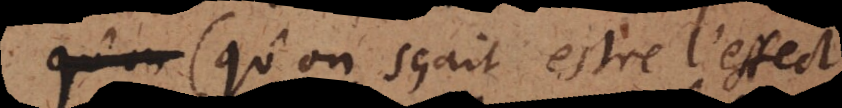
(qu’on sçait estre l’effect